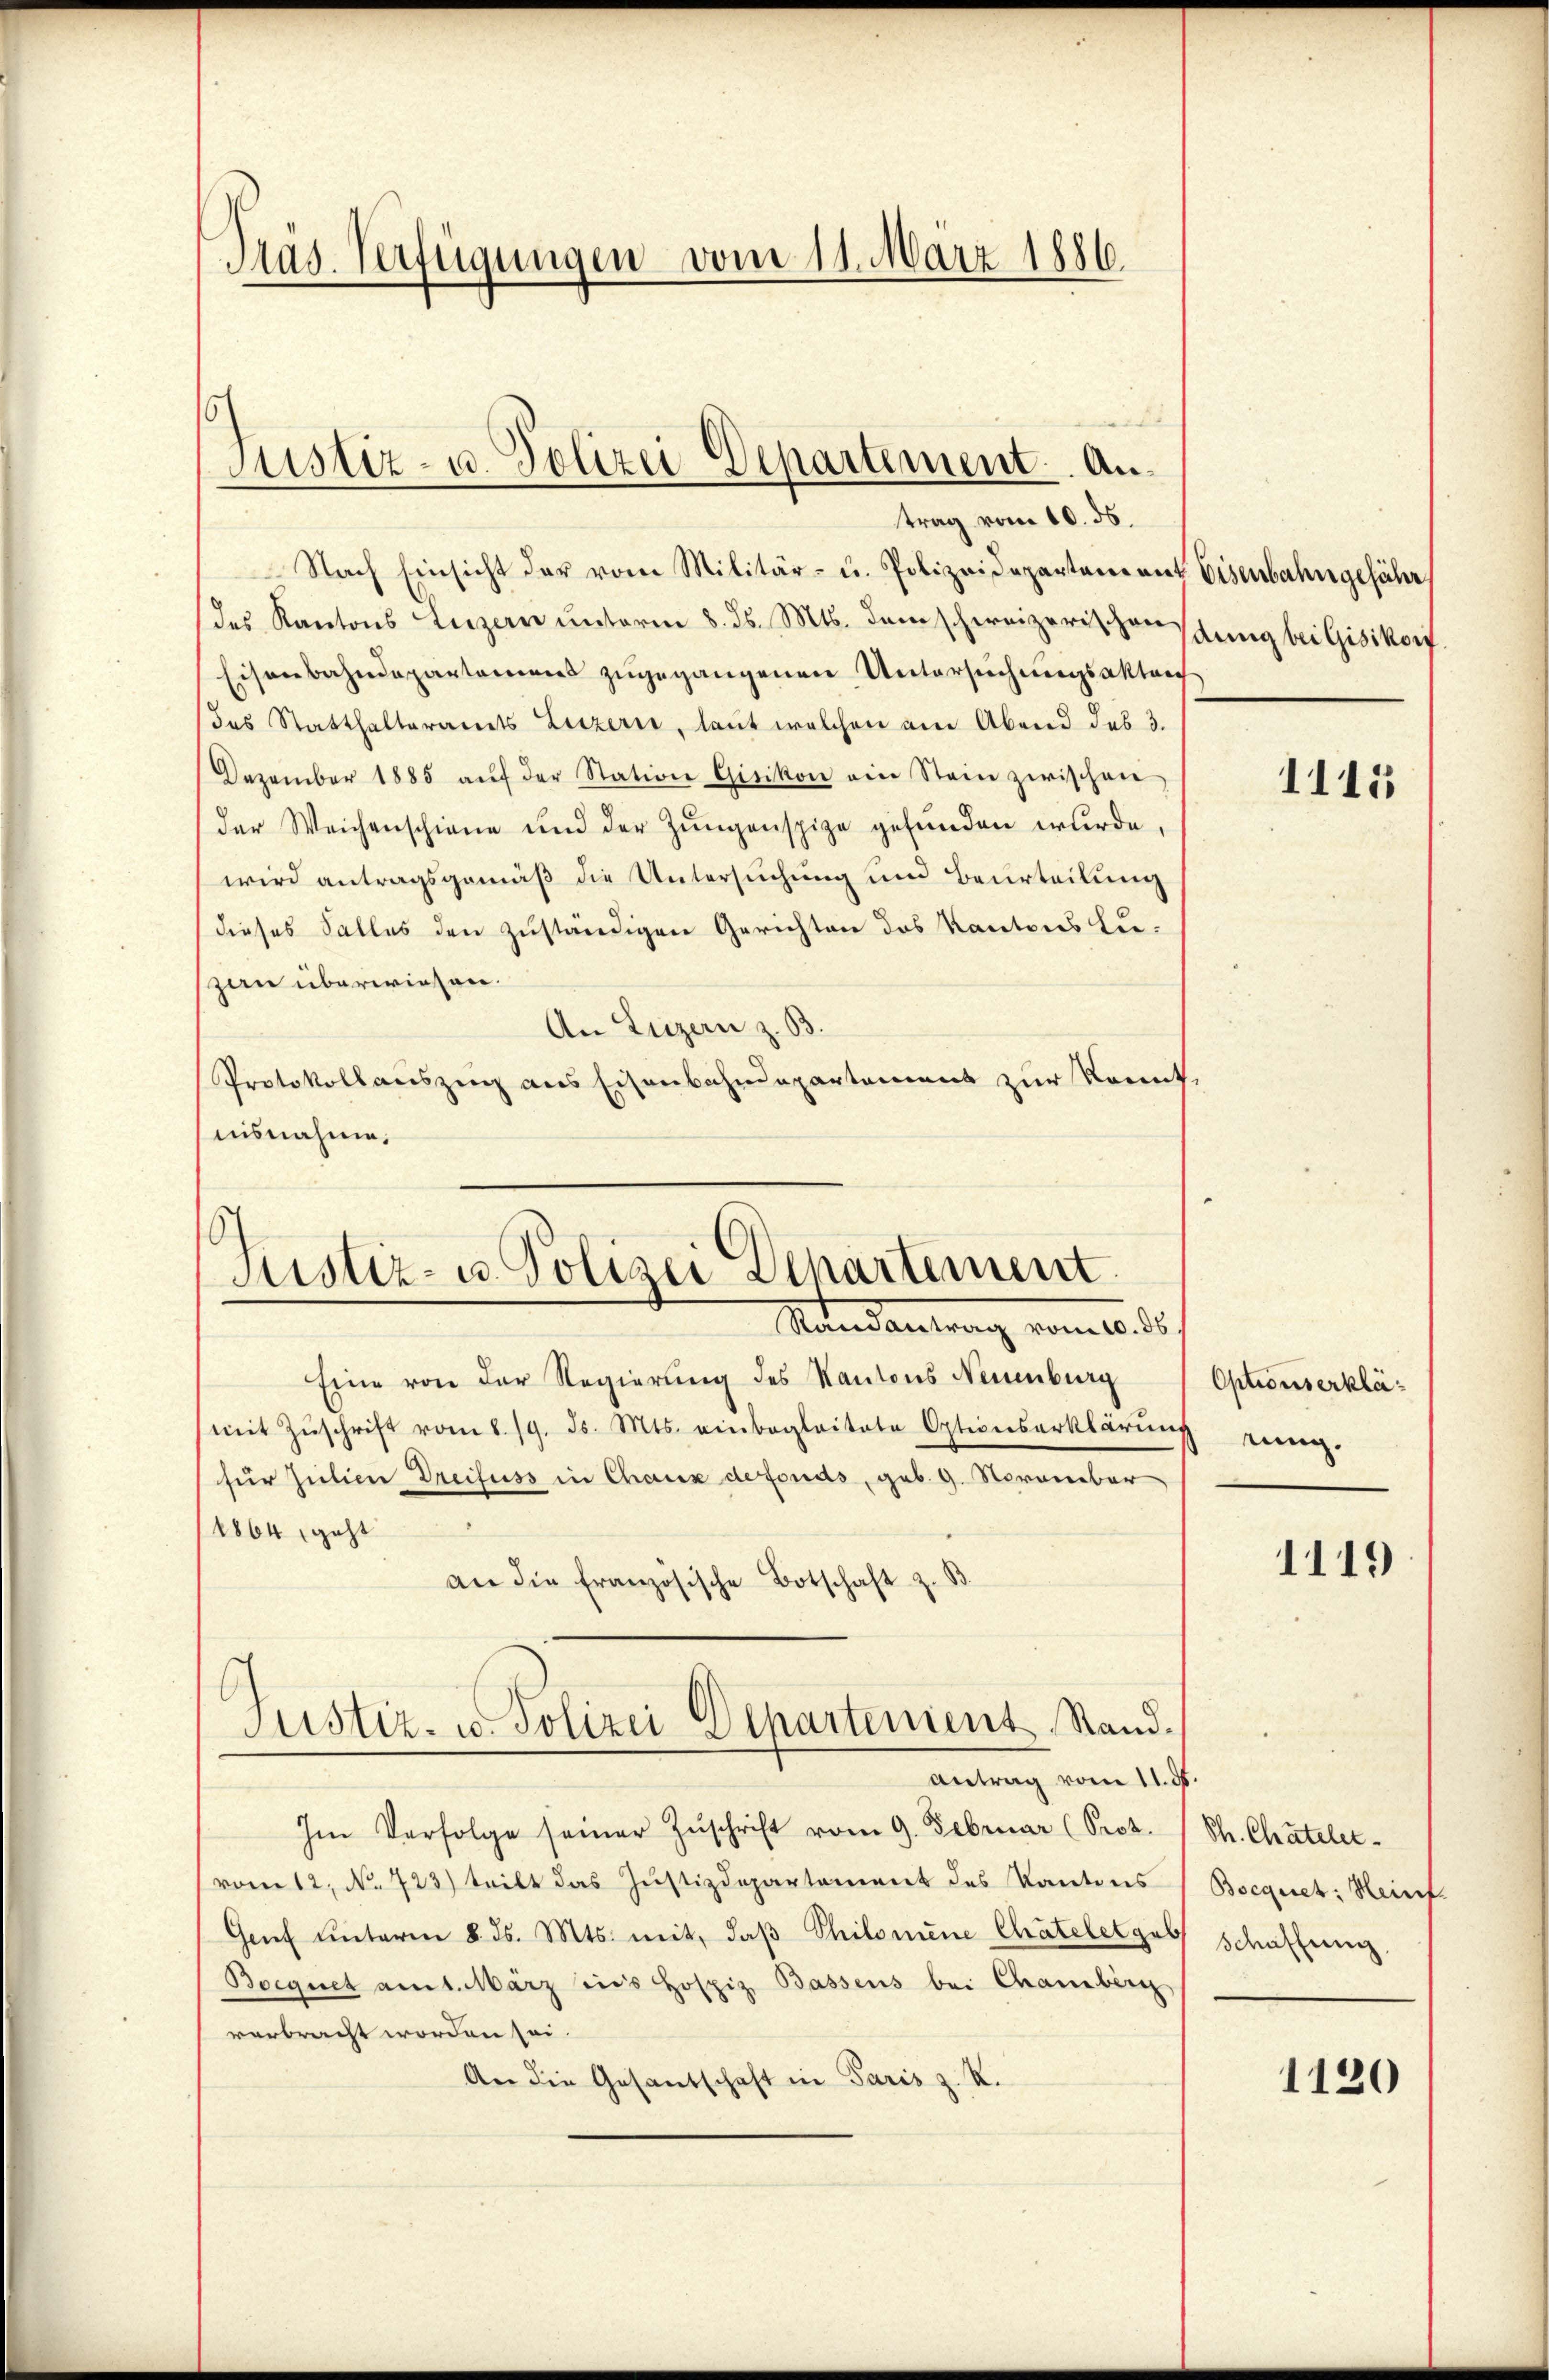
Präs. Verfügungen vom 11. März 1886

trag vom 10. ds.
Nach Einsicht der vom Militär- u. Polizeidepartement Eisenbahngefähr
des Kantons Luzern unterm 8. ds. Mts. dem schweizerischen
Eisenbahndepartamens zugegangenen Untersuchungsakter
das Statthalteramts Luzern, laut welchen am Abend des 3.
Dezember 1885 aŭf der Station Gisikon ein Stein zwischen
der Weichenschiene und der Zŭngenspize gefunden wurde,
wird antragsgemäß die Untersuchung und Beurteilung
dieses Salles den zuständigen Gerichten des Kantons Luzan überwiesen.
An Luzern z. B.
Protokollauszug aus Eisenbahndepartement zur Kennt.
nisnahme,

Justiz- u. Polizei Departement. An¬

Justiz- u. Polizei Departement
Mandantrag vom 10. d.

Justiz- u. Polizei Departement, Stand.

Eine von der Regierung des Kantons Neuenburg
(mit Zŭschrift vom 8. 19. ds. Mts. einbegleitete Optionserklärung
für Julien Dreifuss in Chaux defonds, geb. 9. November
1864, geht
an die französische Botschaft z. B.
Antrag vom 11. ds.
Im Verfolge seiner Zŭschrift vom 9. Februar (Prot.
vom 12. No. 723) teilt das Justizdepartement des Kantons
Genf unterm 8. ds. Mts. mit, daβ Philomene Chateletgab
Boegnet am 1. März dis Hospiz, Bassens bei Chamberg
verbracht worden sei.
An die Gesandschaft in Paris z. K.

dung bei Gisikon.

1115

Optionserklärung.

1119

Th. Chäteler.
Bocquet: Heinf
schaffung

1120